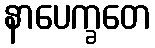
နာပေက္ခတေ